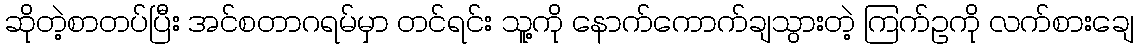
ဆိုတဲ့စာတပ်ပြီး အင်စတာဂရမ်မှာ တင်ရင်း သူ့ကို နောက်ကောက်ချသွားတဲ့ ကြက်ဥကို လက်စားချေ